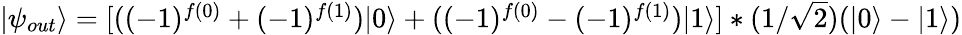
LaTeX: \begin{array}{r}{|\psi_{out}\rangle=[((-1)^{f(0)}+(-1)^{f(1)})|0\rangle+((-1)^{f(0)}-(-1)^{f(1)})|1\rangle]*(1/\sqrt{2})(|0\rangle-|1\rangle)}\end{array}